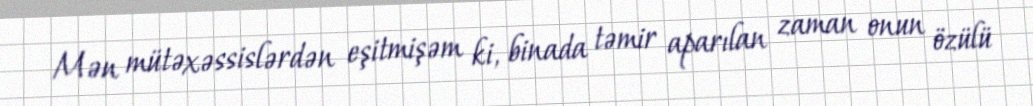
Mən mütəxəssislərdən eşitmişəm ki, binada təmir aparılan zaman onun özülü